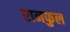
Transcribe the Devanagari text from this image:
रानफुल